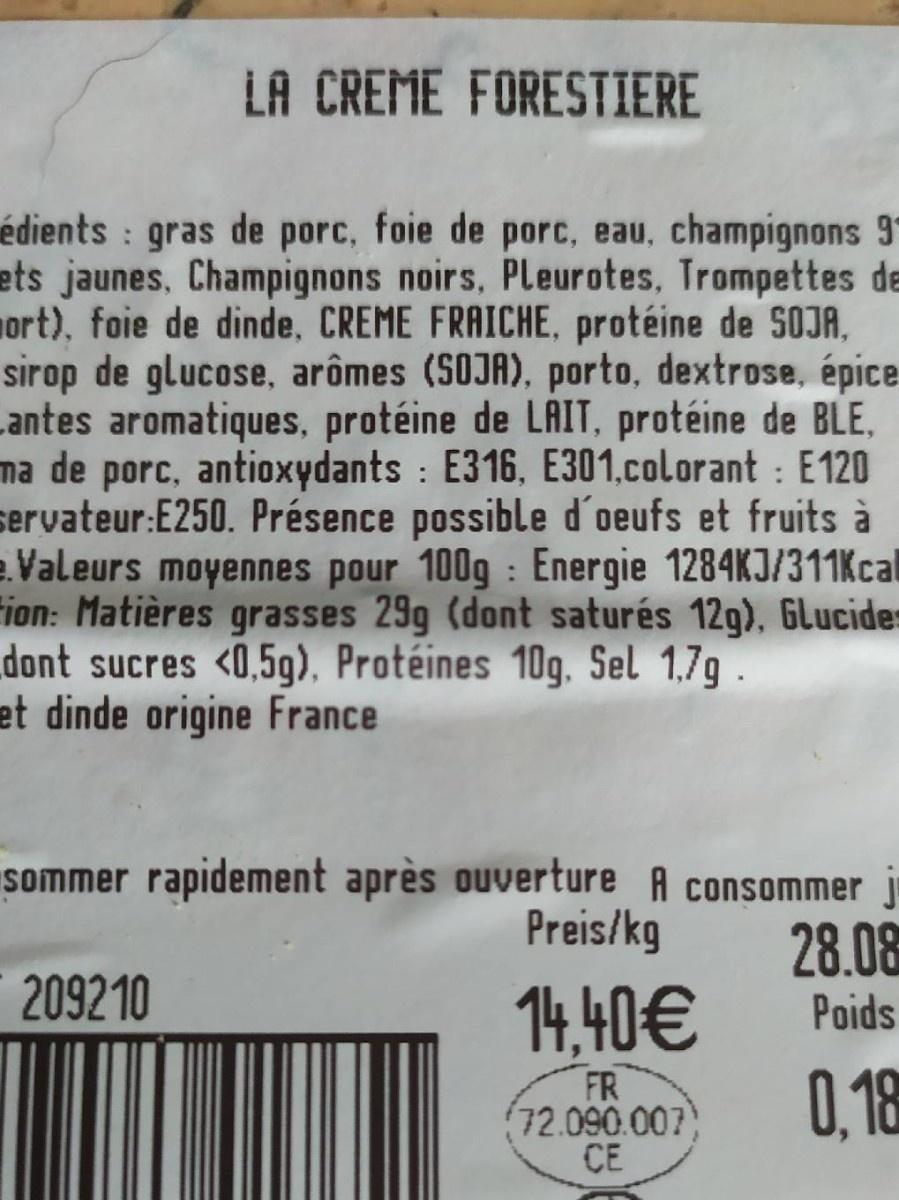
LA CREME FORESTIERE
édients gras de porc, foie de porc, eau, champignons 91 ets jaunes, Champignons noirs, Pleurotes, Trompettes de ort), foie de dinde, CREME FRAICHE, protéine de SOJA, sirop de glucose, arômes (SOJA), porto, dextrose, épice Lantes aromatiques, protéine de LAIT, protéine de BLE, ma de porc, antioxydants : E316, E301.colorant : E120 servateur:E250. Présence possible d'oeufs et fruits à .Valeurs moyennes pour 100g : Energie 1284KJ/311Kcal ion: Matières grasses 29g (dont saturés 12g), GLlucides dont sucres <0,5g), Protéines 10g. Sel 1,7g. et dinde origine France
sommer rapidement après ouverture A consommer j 28.08
Preis/kg
209210
14,40€ 0,18
Poids
FR 72.090.007 CE